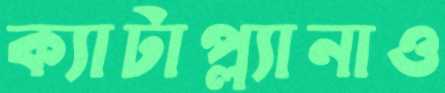
ক্যাটাপ্ল্যানাও